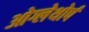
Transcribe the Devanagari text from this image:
ओग्लेथोर्प